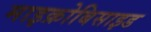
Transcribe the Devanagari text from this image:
माइक्रोबिसाइड